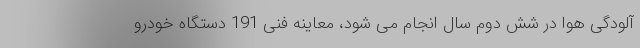
آلودگی هوا در شش دوم سال انجام می شود، معاینه فنی 191 دستگاه خودرو